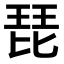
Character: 琵